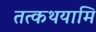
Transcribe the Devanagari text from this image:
तत्कथयामि